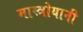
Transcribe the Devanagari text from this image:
मास्त्रोयानी